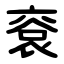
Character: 䘱